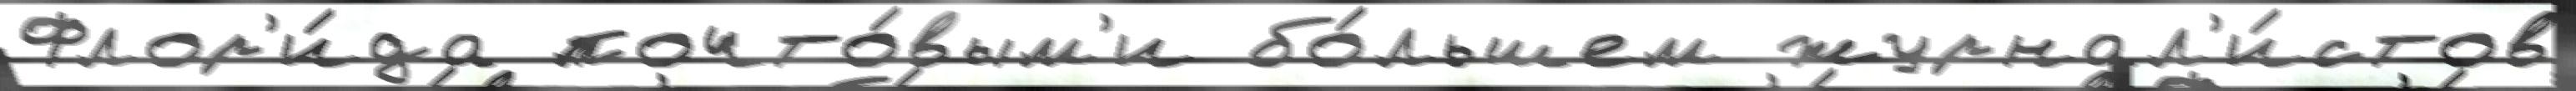
Флор'и́да почто́вым'и бо́льшем журнал'и́стов